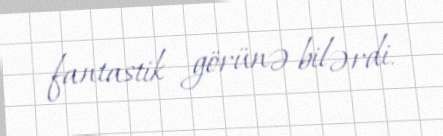
fantastik görünə bilərdi.